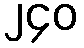
၂၄၀